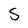
Character: S